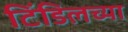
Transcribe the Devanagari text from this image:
टिंडिलच्या